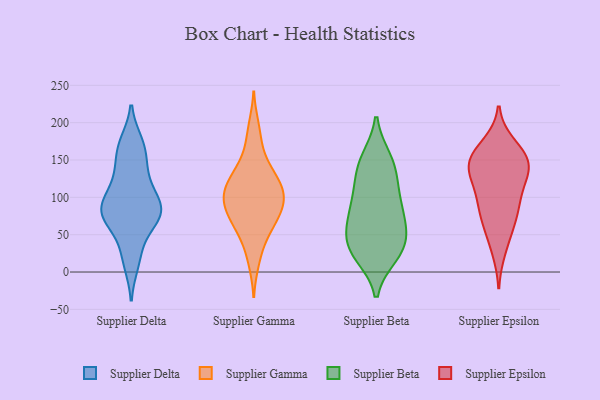
{"axis": {"x": "Temperature (°C)", "y": "Value"}, "legend": ["Supplier Beta", "Supplier Delta", "Supplier Epsilon", "Supplier Gamma"], "data": [{"x": "", "y": 173, "type": "Supplier Delta"}, {"x": "", "y": 78, "type": "Supplier Delta"}, {"x": "", "y": 90, "type": "Supplier Delta"}, {"x": "", "y": 86, "type": "Supplier Delta"}, {"x": "", "y": 132, "type": "Supplier Delta"}, {"x": "", "y": 63, "type": "Supplier Delta"}, {"x": "", "y": 12, "type": "Supplier Delta"}, {"x": "", "y": 79, "type": "Supplier Delta"}, {"x": "", "y": 169, "type": "Supplier Delta"}, {"x": "", "y": 27, "type": "Supplier Delta"}, {"x": "", "y": 81, "type": "Supplier Delta"}, {"x": "", "y": 155, "type": "Supplier Delta"}, {"x": "", "y": 104, "type": "Supplier Delta"}, {"x": "", "y": 123, "type": "Supplier Delta"}, {"x": "", "y": 74, "type": "Supplier Delta"}, {"x": "", "y": 39, "type": "Supplier Gamma"}, {"x": "", "y": 140, "type": "Supplier Gamma"}, {"x": "", "y": 141, "type": "Supplier Gamma"}, {"x": "", "y": 102, "type": "Supplier Gamma"}, {"x": "", "y": 98, "type": "Supplier Gamma"}, {"x": "", "y": 120, "type": "Supplier Gamma"}, {"x": "", "y": 94, "type": "Supplier Gamma"}, {"x": "", "y": 89, "type": "Supplier Gamma"}, {"x": "", "y": 71, "type": "Supplier Gamma"}, {"x": "", "y": 68, "type": "Supplier Gamma"}, {"x": "", "y": 111, "type": "Supplier Gamma"}, {"x": "", "y": 172, "type": "Supplier Gamma"}, {"x": "", "y": 114, "type": "Supplier Gamma"}, {"x": "", "y": 125, "type": "Supplier Gamma"}, {"x": "", "y": 70, "type": "Supplier Gamma"}, {"x": "", "y": 57, "type": "Supplier Gamma"}, {"x": "", "y": 13, "type": "Supplier Gamma"}, {"x": "", "y": 93, "type": "Supplier Gamma"}, {"x": "", "y": 195, "type": "Supplier Gamma"}, {"x": "", "y": 30, "type": "Supplier Beta"}, {"x": "", "y": 144, "type": "Supplier Beta"}, {"x": "", "y": 23, "type": "Supplier Beta"}, {"x": "", "y": 146, "type": "Supplier Beta"}, {"x": "", "y": 29, "type": "Supplier Beta"}, {"x": "", "y": 112, "type": "Supplier Beta"}, {"x": "", "y": 40, "type": "Supplier Beta"}, {"x": "", "y": 60, "type": "Supplier Beta"}, {"x": "", "y": 91, "type": "Supplier Beta"}, {"x": "", "y": 75, "type": "Supplier Beta"}, {"x": "", "y": 151, "type": "Supplier Beta"}, {"x": "", "y": 30, "type": "Supplier Beta"}, {"x": "", "y": 116, "type": "Supplier Beta"}, {"x": "", "y": 82, "type": "Supplier Beta"}, {"x": "", "y": 62, "type": "Supplier Beta"}, {"x": "", "y": 159, "type": "Supplier Epsilon"}, {"x": "", "y": 130, "type": "Supplier Epsilon"}, {"x": "", "y": 138, "type": "Supplier Epsilon"}, {"x": "", "y": 150, "type": "Supplier Epsilon"}, {"x": "", "y": 30, "type": "Supplier Epsilon"}, {"x": "", "y": 170, "type": "Supplier Epsilon"}, {"x": "", "y": 91, "type": "Supplier Epsilon"}, {"x": "", "y": 148, "type": "Supplier Epsilon"}, {"x": "", "y": 69, "type": "Supplier Epsilon"}, {"x": "", "y": 117, "type": "Supplier Epsilon"}, {"x": "", "y": 97, "type": "Supplier Epsilon"}, {"x": "", "y": 136, "type": "Supplier Epsilon"}, {"x": "", "y": 153, "type": "Supplier Epsilon"}, {"x": "", "y": 83, "type": "Supplier Epsilon"}, {"x": "", "y": 56, "type": "Supplier Epsilon"}]}